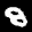
Label: 8